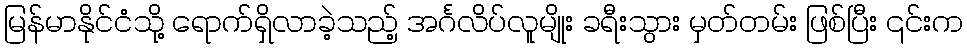
မြန်မာနိုင်ငံသို့ ရောက်ရှိလာခဲ့သည့် အင်္ဂလိပ်လူမျိုး ခရီးသွား မှတ်တမ်း ဖြစ်ပြီး ၎င်းက